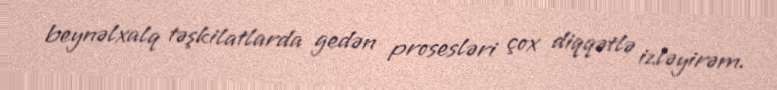
beynəlxalq təşkilatlarda gedən prosesləri çox diqqətlə izləyirəm.